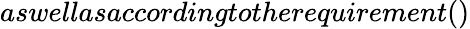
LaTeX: aswellasaccordingtotherequirement()